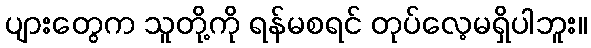
ပျားတွေက သူတို့ကို ရန်မစရင် တုပ်လေ့မရှိပါဘူး။